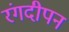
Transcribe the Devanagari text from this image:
रंगदीपन